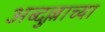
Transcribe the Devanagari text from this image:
अब्दुल्लाच्या